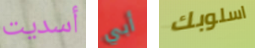
أسديت أبي اسلوبك